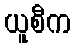
ယူစီက